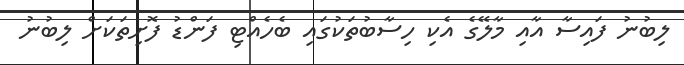
ލިބުނު ފައިސާ އާއި މާލޭގެ އެކި ހިސާބުތަކުގައި ބެހެއްޓި ފަންޑު ފޮށިތަކަށް ލިބުނު